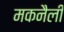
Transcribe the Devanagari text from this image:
मकनैली